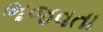
ભજવતા